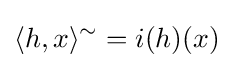
\langle h,x\rangle ^{\sim }=i(h)(x)